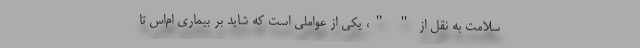
سلامت به نقل از " "، یکی از عواملی است که شاید بر بیماری ام‌اس تا